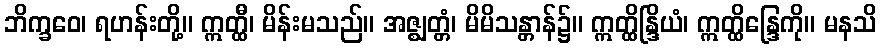
ဘိက္ခဝေ၊ ရဟန်းတို့။ ဣတ္ထီ၊ မိန်းမသည်။ အဇ္ဈတ္တံ၊ မိမိသန္တာန်၌။ ဣတ္ထိန္ဒြိယံ၊ ဣတ္ထိန္ဒြေကို။ မနသိ